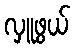
လှူဖွယ်